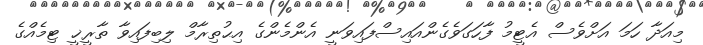
މިއަދާ ހަމަ އަށްވެސް އެޓީމު ފާހަގަވެގެންއައިސްފައިވަނީ އެންމެންގެ އިޙުތިރާމް ލިބިފައިވާ ތާރީޚީ ޓިމެއްގެ